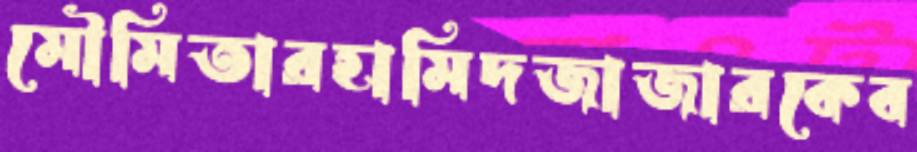
মৌমিতারহামিদজাজারকেব